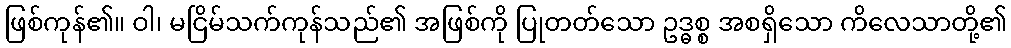
ဖြစ်ကုန်၏။ ဝါ၊ မငြိမ်သက်ကုန်သည်၏ အဖြစ်ကို ပြုတတ်သော ဥဒ္ဓစ္စ အစရှိသော ကိလေသာတို့၏